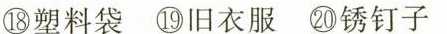
⑧塑料袋⑩旧衣服②锈钉子